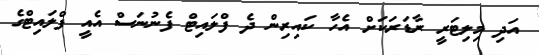
އަދި މިލިޓަރީ ރާޑަރަކަށް އެހާ ކައިރިން ދެ ފްލައިޓް ފެނުނަސް އެއީ ފްލައިޓްގެ